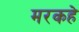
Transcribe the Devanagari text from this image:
मरकहे